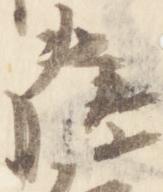
藤